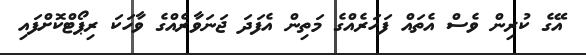
އޭގެ ކުރިން ވެސް އެތައް ފަހަރެއްގެ މަތިން އެފަދަ ޖަނަވާރެއްގެ ވާހަކަ ރިޕޯޓްކޮށްފައި